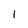
Character: 1